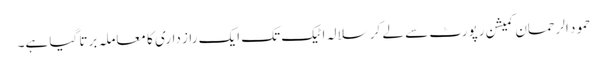
حمود الرحمان کمیشن رپورٹ سے لے کر سلالہ اٹیک تک ایک راز داری کا معاملہ برتا گیا ہے۔